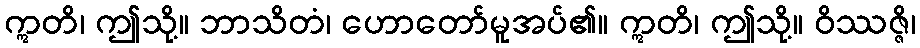
ဣတိ၊ ဤသို့။ ဘာသိတံ၊ ဟောတော်မူအပ်၏။ ဣတိ၊ ဤသို့။ ဝိဿဇ္ဇိ၊